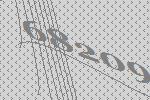
68209